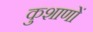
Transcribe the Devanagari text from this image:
कुशाणों